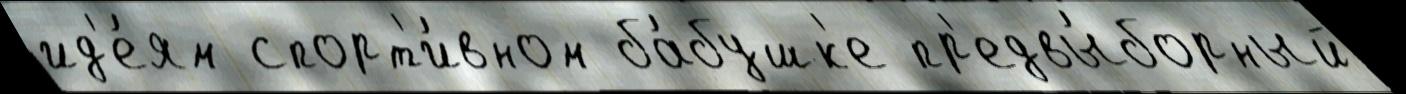
ид'е́ям спорт'и́вном ба́бушк'е пр'едвы́борный